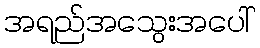
အရည်အသွေးအပေါ်